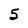
Character: 5